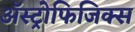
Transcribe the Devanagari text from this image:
अॅस्ट्रोफिजिक्स